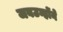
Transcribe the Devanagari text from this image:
जबउन्होंने